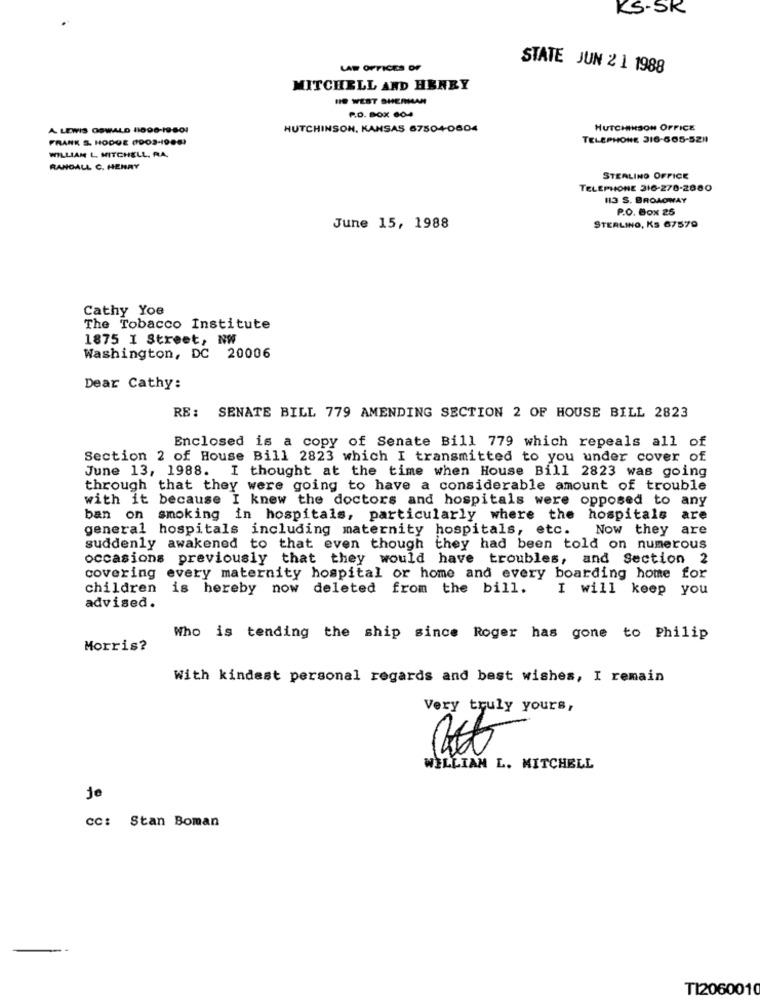
KS-SK
LAW OFFICES OF
STATE JUN 2 1 1988
MITCHELL AND HENRY
HO WEST SHERMAN
P.O. BOX 604
A LEWIS OSWALD 11008-19801
HUTCHINSON, KANSAS 6750+-0604
HUTCHINSON OFFICE
FRANK S. HODGE (1903-1980)
TELEPHONE 316-605-5211
WILLIAM L. MITCHELL, RA.
RANDALL C. HENRY
STERLING OFFICE
TELEPHONE 316-278-2080
H3 S. BROADWAY
P.O. Box 25
June 15, 1988
STERLING, Ks 67579
Cathy Yoe
The Tobacco Institute
1875 I Street, NW
Washington, DC 20006
Dear Cathy:
RE: SENATE BILL 779 AMENDING SECTION 2 OF HOUSE BILL 2823
Enclosed is a copy of Senate Bill 779 which repeals all of
Section 2 of House Bill 2823 which I transmitted to you under cover of
June 13, 1988. I thought at the time when House Bill 2823 was going
through that they were going to have a considerable amount of trouble
with it because I knew the doctors and hospitals were opposed to any
ban on smoking in hospitals, particularly where the hospitals
are
general hospitals including maternity hospitals, etc. Now they are
suddenly awakened to that even though they had been told on numerous
occasions previously that they would have troubles, and Section 2
covering every maternity hospital or home and every boarding home for
children
is hereby now deleted from the bill.
I will keep you
advised.
Who is tending the ship since Roger has gone to Philip
Morris?
With kindest personal regards and best wishes, I remain
Very truly yours,
WILLIAM L. MITCHELL
Je
cc: Stan Boman
TI2060010